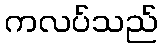
ကလပ်သည်